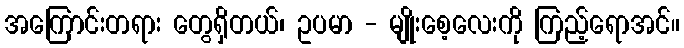
အကြောင်းတရား တွေရှိတယ်၊ ဥပမာ - မျိုးစေ့လေးကို ကြည့်ရောအင်။